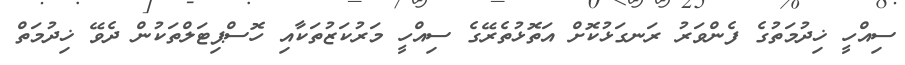
ސިއްހީ ޚިދުމަތުގެ ފެންވަރު ރަނގަޅުކޮށް އަތޮޅުތެރޭގެ ސިއްހީ މަރުކަޒުތަކާއި ހޮސްޕިޓަލްތަކުން ދެވޭ ޚިދުމަތް